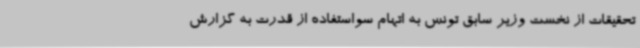
تحقیقات از نخست وزیر سابق تونس به اتهام سواستفاده از قدرت به گزارش